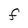
Character: F